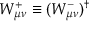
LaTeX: W _ { \mu \nu } ^ { + } \equiv ( W _ { \mu \nu } ^ { - } ) ^ { \dagger }